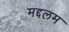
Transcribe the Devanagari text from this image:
मद्दलम